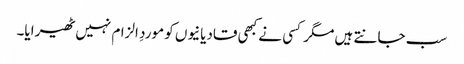
سب جانتے ہیں مگر کسی نے کبھی قادیانیوں کو موردِ الزام نہیں ٹھیرایا۔